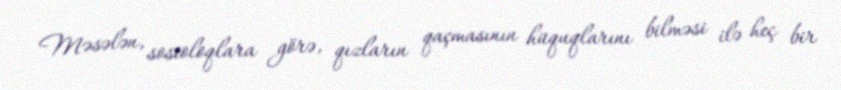
Məsələn, sosioloqlara görə, qızların qaçmasının hüquqlarını bilməsi ilə heç bir